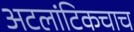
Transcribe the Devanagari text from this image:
अटलांटिकचाच